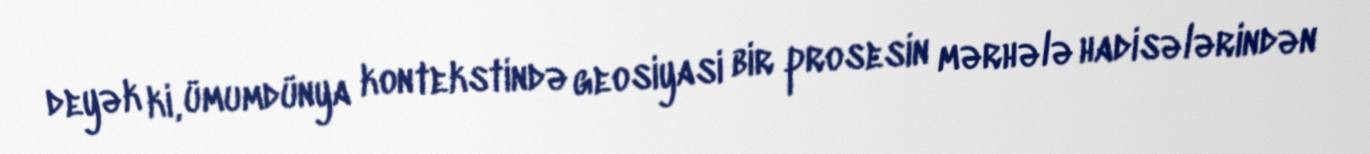
deyək ki, ümumdünya kontekstində geosiyasi bir prosesin mərhələ hadisələrindən